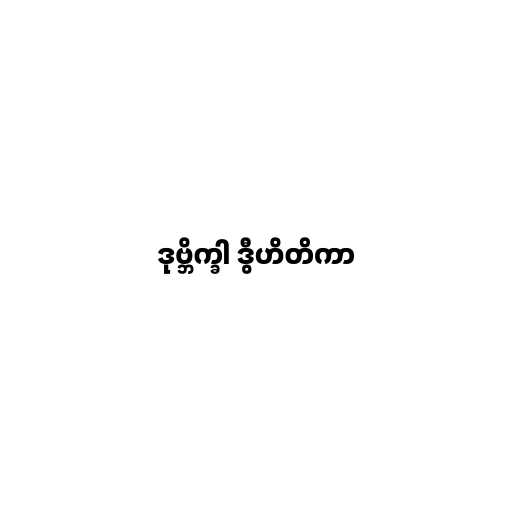
ဒုဗ္ဘိက္ခါ ဒွီဟိတိကာ